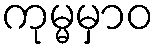
ကုမ္မမှာဝ